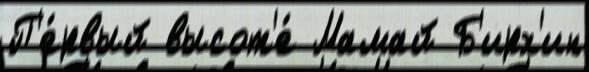
П'е́рвый высот'е́ Мамай Б'ирх'ин